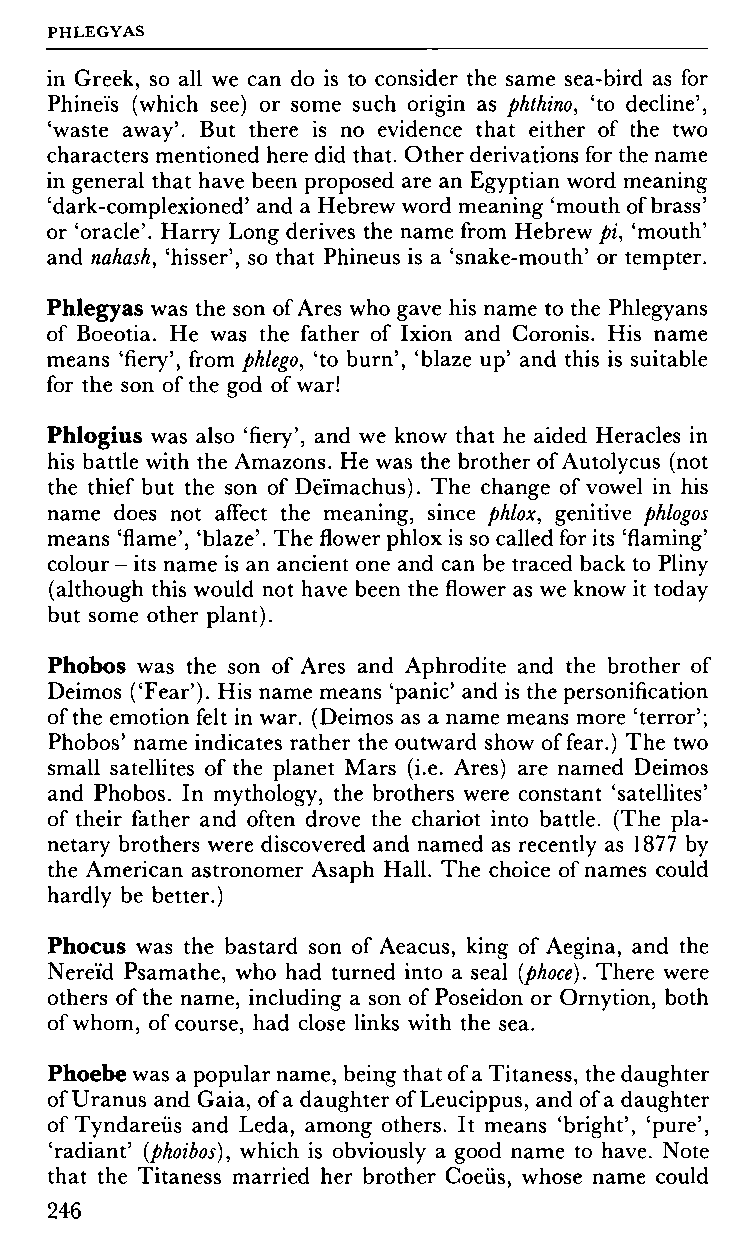
PHLEGYAS
 in Greek, so all we can do is to consider the same sea-bird as for
 Phineïs (which see) or some such origin as phthino, 'to decline',
 'waste away'. But there is no evidence that either of the two
 characters mentioned here did that. Other derivations for the name
 in general that have been proposed are an Egyptian word meaning
 'dark-complexioned' and a Hebrew word meaning 'mouth of brass'
 or 'oracle'. Harry Long derives the name from Hebrew pi, 'mouth'
 and nahash, 'hisser', so that Phineus is a 'snake-mouth' or tempter.
 Phlegyas was the son of Ares who gave his name to the Phlegyans
 of Boeotia. He was the father of Ixion and Coronis. His name
 means 'fiery', from phlego, 'to burn', 'blaze up' and this is suitable
 for the son of the god of war!
 Phlogius was also 'fiery', and we know that he aided Heracles in
 his battle with the Amazons. He was the brother of Autolycus (not
 the thief but the son of Deïmachus). The change of vowel in his
 name does not affect the meaning, since phlox, genitive phlogos
 means 'flame', 'blaze'. The flower phlox is so called for its 'flaming'
 colour - its name is an ancient one and can be traced back to Pliny
 (although this would not have been the flower as we know it today
 but some other plant).
 Phobos was the son of Ares and Aphrodite and the brother of
 Deimos ('Fear'). His name means 'panic' and is the personification
 of the emotion felt in war. (Deimos as a name means more 'terror';
 Phobos' name indicates rather the outward show of fear.) The two
 small satellites of the planet Mars (i.e. Ares) are named Deimos
 and Phobos. In mythology, the brothers were constant 'satellites'
 of their father and often drove the chariot into battle. (The pla
 netary brothers were discovered and named as recently as 1877 by
 the American astronomer Asaph Hall. The choice of names could
 hardly be better.)
 Phocus was the bastard son of Aeacus, king of Aegina, and the
 Nereid Psamathe, who had turned into a seal (phoce). There were
 others of the name, including a son of Poseidon or Ornytion, both
 of whom, of course, had close links with the sea.
 Phoebe was a popular name, being that of a Titaness, the daughter
 of Uranus and Gaia, of a daughter of Leucippus, and of a daughter
 of Tyndareüs and Leda, among others. It means 'bright', 'pure',
 'radiant' (phoibos), which is obviously a good name to have. Note
 that the Titaness married her brother Coeüs, whose name could
 246